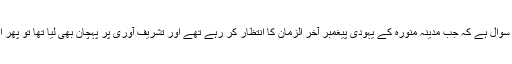
تاریخ کا عجیب سا سوال ہے کہ جب مدینہ منورہ کے یہودی پیغمبر آخر الزمانؐ کا انتظار کر رہے تھے اور تشریف آوری پر پہچان بھی لیا تھا تو پھر انکار کیوں کر دیا؟